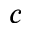
c